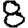
Digit: 8